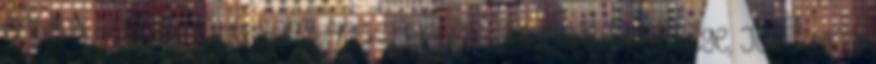
erdélyi vajda előtt Somkerek-i Erdely János és felesége, Jusztina